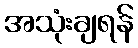
အသုံးချရန်